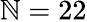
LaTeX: \mathbb{N}=22